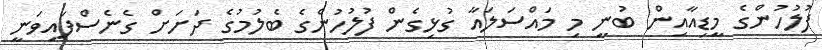
ފުލުހުންގެ މީޑިއާއިން ބުނީ މި މައްސަލައާ ގުޅިގެން ފުލުހުންގެ ބެލުމުގެ ދަށަށް ގެނެސްފައިވަނީ